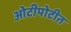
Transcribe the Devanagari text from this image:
ओटीपोटीत